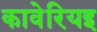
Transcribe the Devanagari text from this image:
कावेरियइ